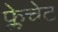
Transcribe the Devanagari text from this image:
फ्लेचेट